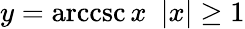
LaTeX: y=\operatorname{arccsc}x\ \ |x|\geq 1